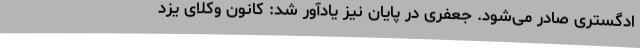
ادگستری صادر می‌شود. جعفری در پایان نیز یادآور شد: کانون وکلای یزد